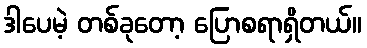
ဒါပေမဲ့ တစ်ခုတော့ ပြောစရာရှိတယ်။